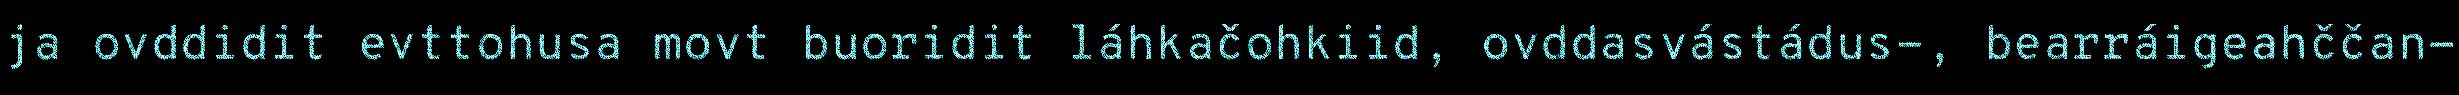
ja ovddidit evttohusa movt buoridit láhkačohkiid, ovddasvástádus-, bearráigeahččan-